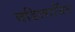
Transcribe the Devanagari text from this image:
वडिलार्जित